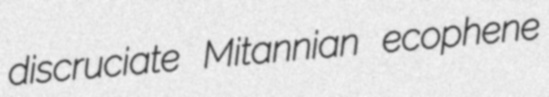
discruciate Mitannian ecophene